Annual report on the Civil Veterinary Department, Burma (including the Insein Veterinary School) - 1910-1922
Year: 1910
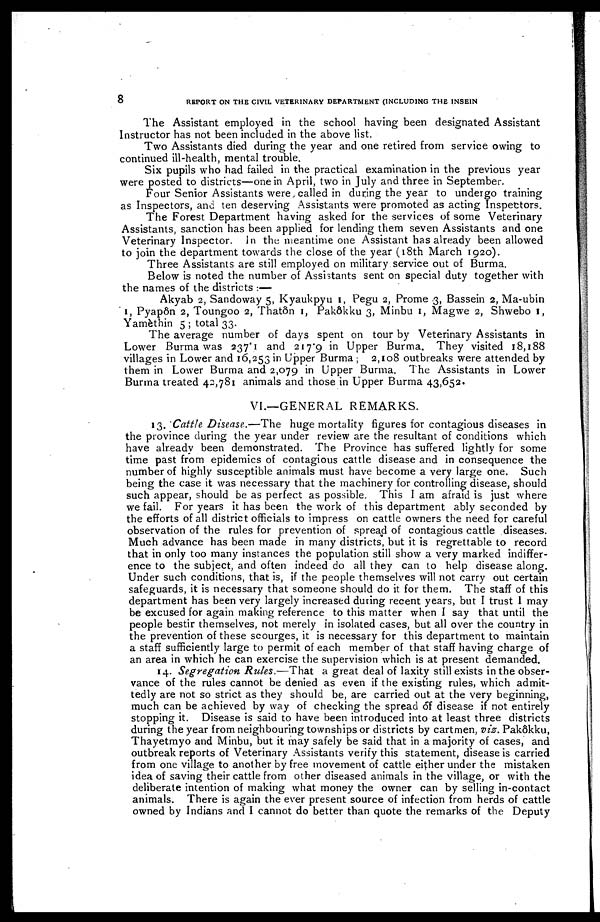
8
REPORT ON THE CIVIL VETERINARY DEPARTMENT (INCLUDING THE INSEIN
The Assistant employed in the school having been designated Assistant
Instructor has not been included in the above list.
Two Assistants died during the year and one retired from service owing to
continued ill-health, mental trouble.
Six pupils who had failed in the practical examination in the previous year
were posted to districts—one in April, two in July and three in September.
Four Senior Assistants were called in during the year to undergo training
as Inspectors, and ten deserving Assistants were promoted as acting Inspectors.
The Forest Department having asked for the services of some Veterinary
Assistants, sanction has been applied for lending them seven Assistants and one
Veterinary Inspector. In the meantime one Assistant has already been allowed
to join the department towards the close of the year (18th March 1920).
Three Assistants are still employed on military service out of Burma.
Below is noted the number of Assistants sent on special duty together with
the names of the districts :—
Akyab 2, Sandoway 5, Kyaukpyu 1, Pegu 2, Prome 3, Bassein 2, Ma-ubin
1, Pyap6n 2, Toungoo 2, Thatôn 1, Pakôkku 3, Minbu 1, Magwe 2, Shwebo 1,
Yamèthin 5 ; total 33.
The average number of days spent on tour by Veterinary Assistants in
Lower Burma was 237.1 and 217.9 in Upper Burma. They visited 18,188
villages in Lower and 16,253 in Upper Burma ; 2,108 outbreaks were attended by
them in Lower Burma and 2,079 in Upper Burma. The Assistants in Lower
Burma treated 42,781 animals and those in Upper Burma 43,652.
VI.—GENERAL REMARKS.
13. Cattle Disease.—The huge mortality figures for contagious diseases in
the province during the year under review are the resultant of conditions which
have already been demonstrated. The Province has suffered lightly for some
time past from epidemics of contagious cattle disease and in consequence the
number of highly susceptible animals must have become a very large one. Such
being the case it was necessary that the machinery for controlling disease, should
such appear, should be as perfect as possible. This I am afraid is just where
we fail. For years it has been the work of this department ably seconded by
the efforts of all district officials to impress on cattle owners the need for careful
observation of the rules for prevention of spread of contagious cattle diseases.
Much advance has been made in many districts, but it is regrettable to record
that in only too many instances the population still show a very marked indiffer-
ence to the subject, and often indeed do all they can to help disease along.
Under such conditions, that is, if the people themselves will not carry out certain
safeguards, it is necessary that someone should do it for them. The staff of this
department has been very largely increased during recent years, but I trust 1 may
be excused for again making reference to this matter when I say that until the
people bestir themselves, not merely in isolated cases, but all over the country in
the prevention of these scourges, it is necessary for this department to maintain
a staff sufficiently large to permit of each member of that staff having charge of
an area in which he can exercise the supervision which is at present demanded.
14. Segregation Rules.—That a great deal of laxity still exists in the obser-
vance of the rules cannot be denied as even if the existing rules, which admit-
tedly are not so strict as they should be, are carried out at the very beginning,
much can be achieved by way of checking the spread of disease if not entirely
stopping it. Disease is said to have been introduced into at least three districts
during the year from neighbouring townships or districts by cartmen, viz. Pakôkku,
Thayetmyo and Minbu, but it may safely be said that in a majority of cases, and
outbreak reports of Veterinary Assistants verify this statement, disease is carried
from one village to another by free movement of cattle either under the mistaken
idea of saving their cattle from other diseased animals in the village, or with the
deliberate intention of making what money the owner can by selling in-contact
animals. There is again the ever present source of infection from herds of cattle
owned by Indians and I cannot do better than quote the remarks of the Deputy